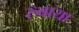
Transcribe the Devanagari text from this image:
रुवाया